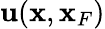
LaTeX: \mathbf{u}({{\mathbf{x}}},{\mathbf{x}}_{F})